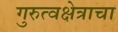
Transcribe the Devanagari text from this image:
गुरुत्वक्षेत्राचा